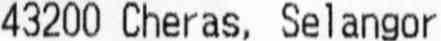
43200 CHERAS, SELANGOR